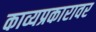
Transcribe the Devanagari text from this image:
काव्यप्रकारावर